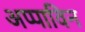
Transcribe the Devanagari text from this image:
अप्पाविन